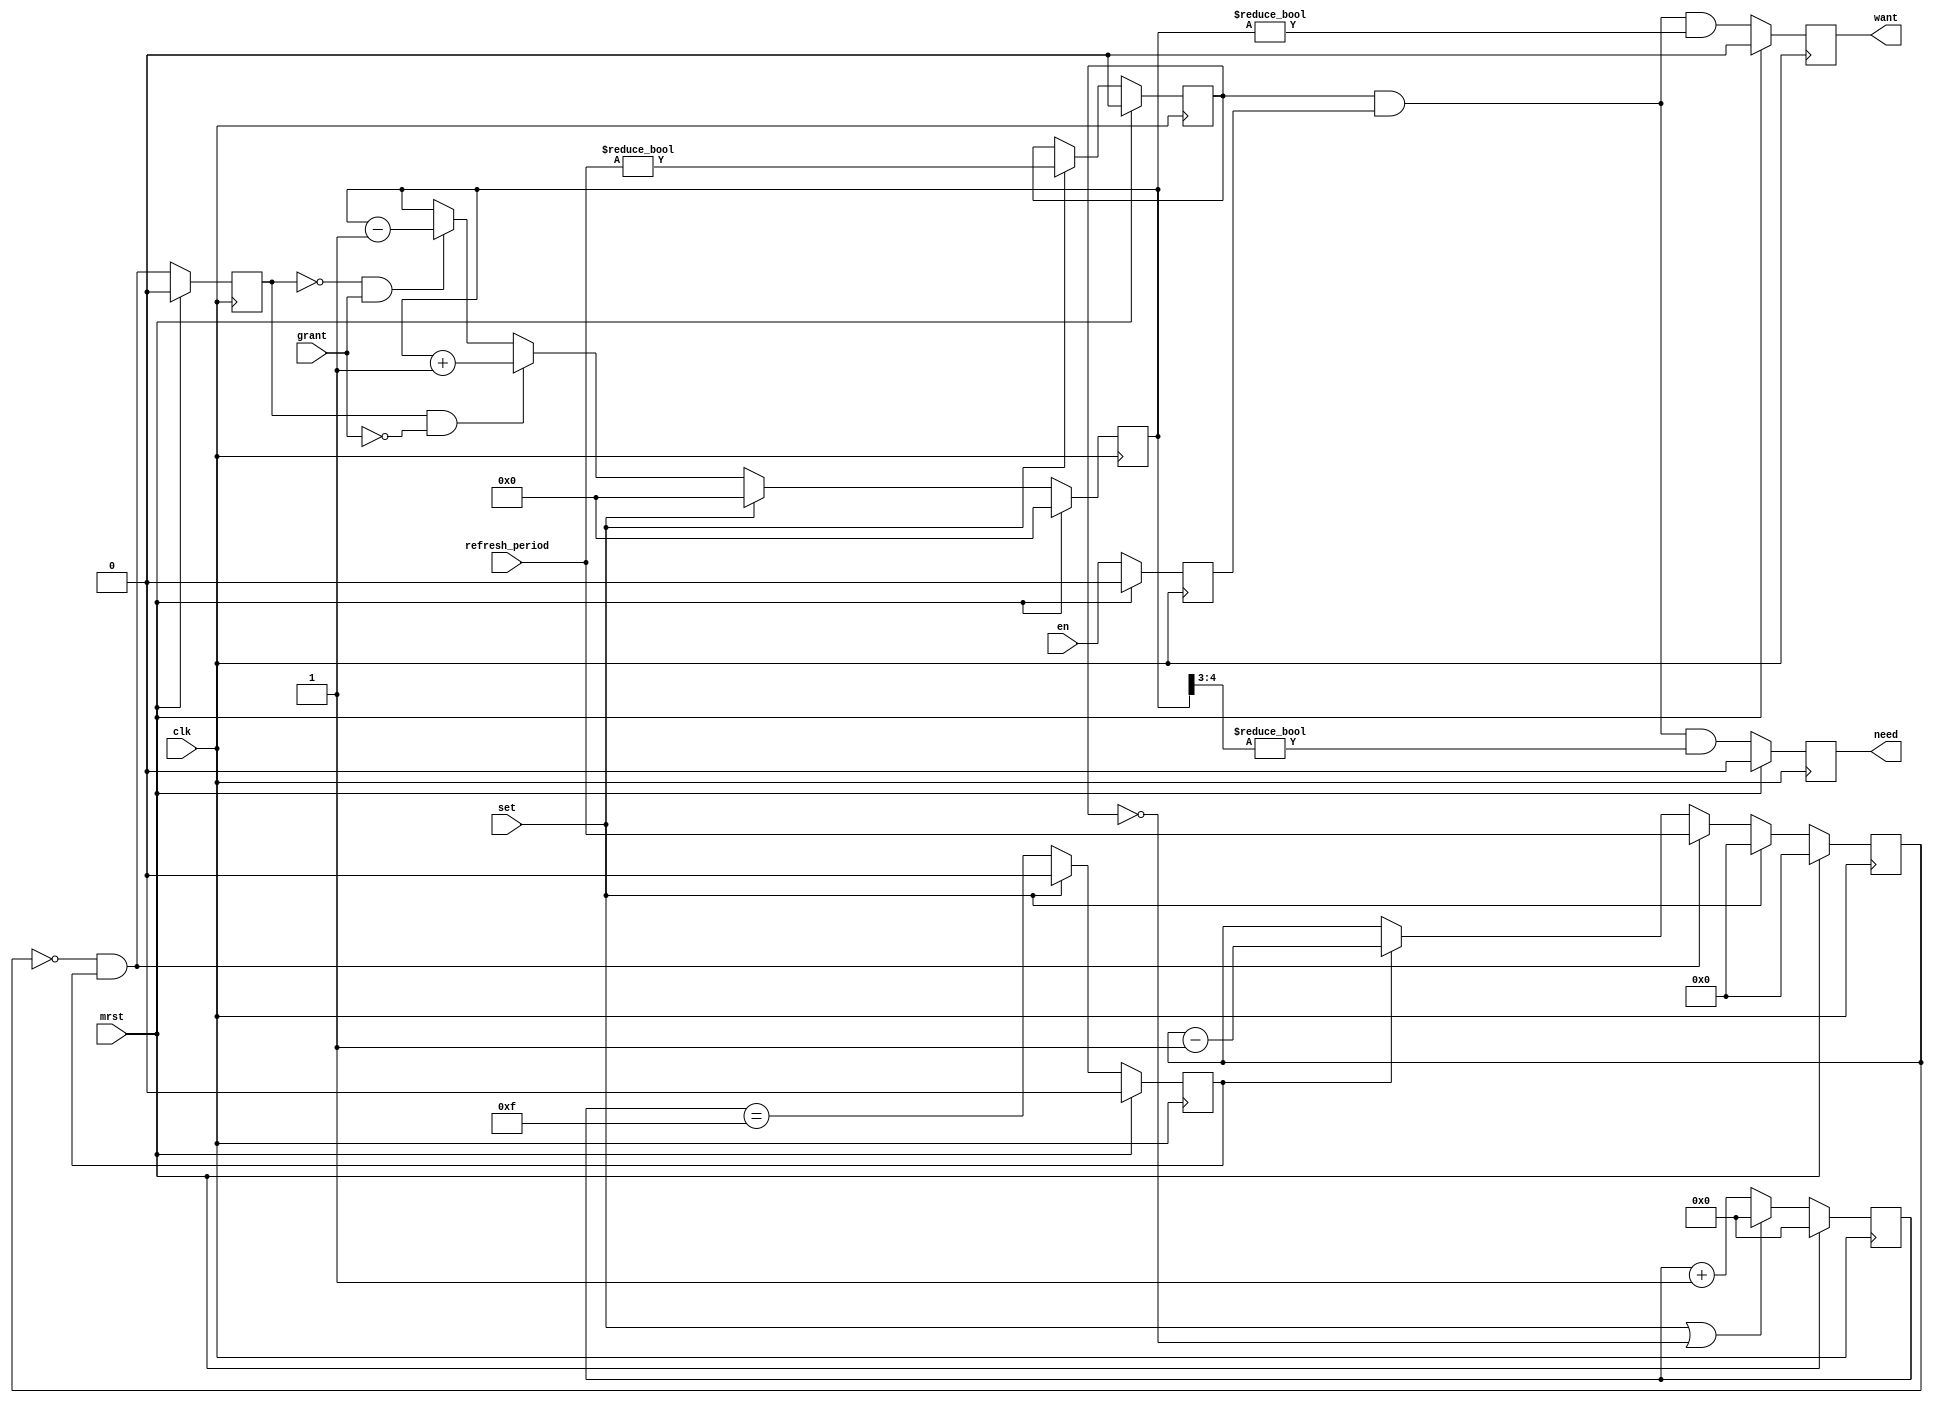
/*!
 * <b>Module:</b>ddr_refresh
 * @file ddr_refresh.v
 * @date 2014-06-02  
 * @author Andrey Filippov
 *
 * @brief DDR3 memory refresh request module
 *
 * @copyright Copyright (c) 2014 Elphel, Inc.
 *
 * <b>License:</b>
 *
 * ddr_refresh.v is free software; you can redistribute it and/or modify
 * it under the terms of the GNU General Public License as published by
 * the Free Software Foundation, either version 3 of the License, or
 * (at your option) any later version.
 *
 *  ddr_refresh.v is distributed in the hope that it will be useful,
 * but WITHOUT ANY WARRANTY; without even the implied warranty of
 * MERCHANTABILITY or FITNESS FOR A PARTICULAR PURPOSE.  See the
 * GNU General Public License for more details.
 *
 * You should have received a copy of the GNU General Public License
 * along with this program.  If not, see <http://www.gnu.org/licenses/> .
 *
 * Additional permission under GNU GPL version 3 section 7:
 * If you modify this Program, or any covered work, by linking or combining it
 * with independent modules provided by the FPGA vendor only (this permission
 * does not extend to any 3-rd party modules, "soft cores" or macros) under
 * different license terms solely for the purpose of generating binary "bitstream"
 * files and/or simulating the code, the copyright holders of this Program give
 * you the right to distribute the covered work without those independent modules
 * as long as the source code for them is available from the FPGA vendor free of
 * charge, and there is no dependence on any encrypted modules for simulating of
 * the combined code. This permission applies to you if the distributed code
 * contains all the components and scripts required to completely simulate it
 * with at least one of the Free Software programs.
 */
`timescale 1ns/1ps

module  ddr_refresh(
    input       mrst,
    input       clk,
    input       en,
    input [7:0] refresh_period, // in 16*clk, 0 - disable refresh, turn off requests
    input       set, // and reset counters
    output reg  want, // turns off next cycle after grant (or stays on if more are needed)
    output reg  need,
    input       grant // 1 cycle
);
    reg   [3:0] pre_div;
    reg   [4:0] pending_rq; // can accumulate  up to 31 requests, datasheet allows up to 16
    reg   [7:0] period_cntr;
    reg         cry;
    wire        over=(period_cntr == 0) && cry;
    reg         refresh_due;
    reg         en_refresh;
    reg         en_r;
    
    always @ (posedge clk) begin
        if (mrst)      en_r <= 0;
        else           en_r <= en;

        if (mrst)       en_refresh <= 0;
        else if (set)  en_refresh <= (refresh_period != 0);
        
        if (mrst)                     pre_div <= 0;
        else if (set || !en_refresh)  pre_div <= 0;
        else                          pre_div <= pre_div +1;
        
        if (mrst)      cry <= 0;
        else if (set)  cry <= 0;
        else           cry <= (pre_div == 4'hf);
        
        if (mrst)      period_cntr <= 0;
        else if (set)  period_cntr <= 0;
        else if (over) period_cntr <= refresh_period;
        else if (cry)  period_cntr <= period_cntr -1;
        
        if (mrst)      refresh_due <= 0;
        else           refresh_due <= over;
        
        if (mrst)      pending_rq <= 0;
        else if (set)  pending_rq <= 0;
        else if ( refresh_due && !grant) pending_rq <= pending_rq+1;
        else if (!refresh_due &&  grant) pending_rq <= pending_rq-1;
        
        if (mrst) want <= 0;
        else      want<= en_refresh && en_r && (pending_rq != 0);

        if (mrst) need <= 0;
        else      need <= en_refresh && en_r && (pending_rq[4:3] != 0);
    end
endmodule